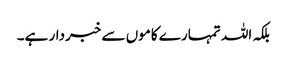
بلکہ اللہ تمہارے کاموں سے خبردار ہے۔